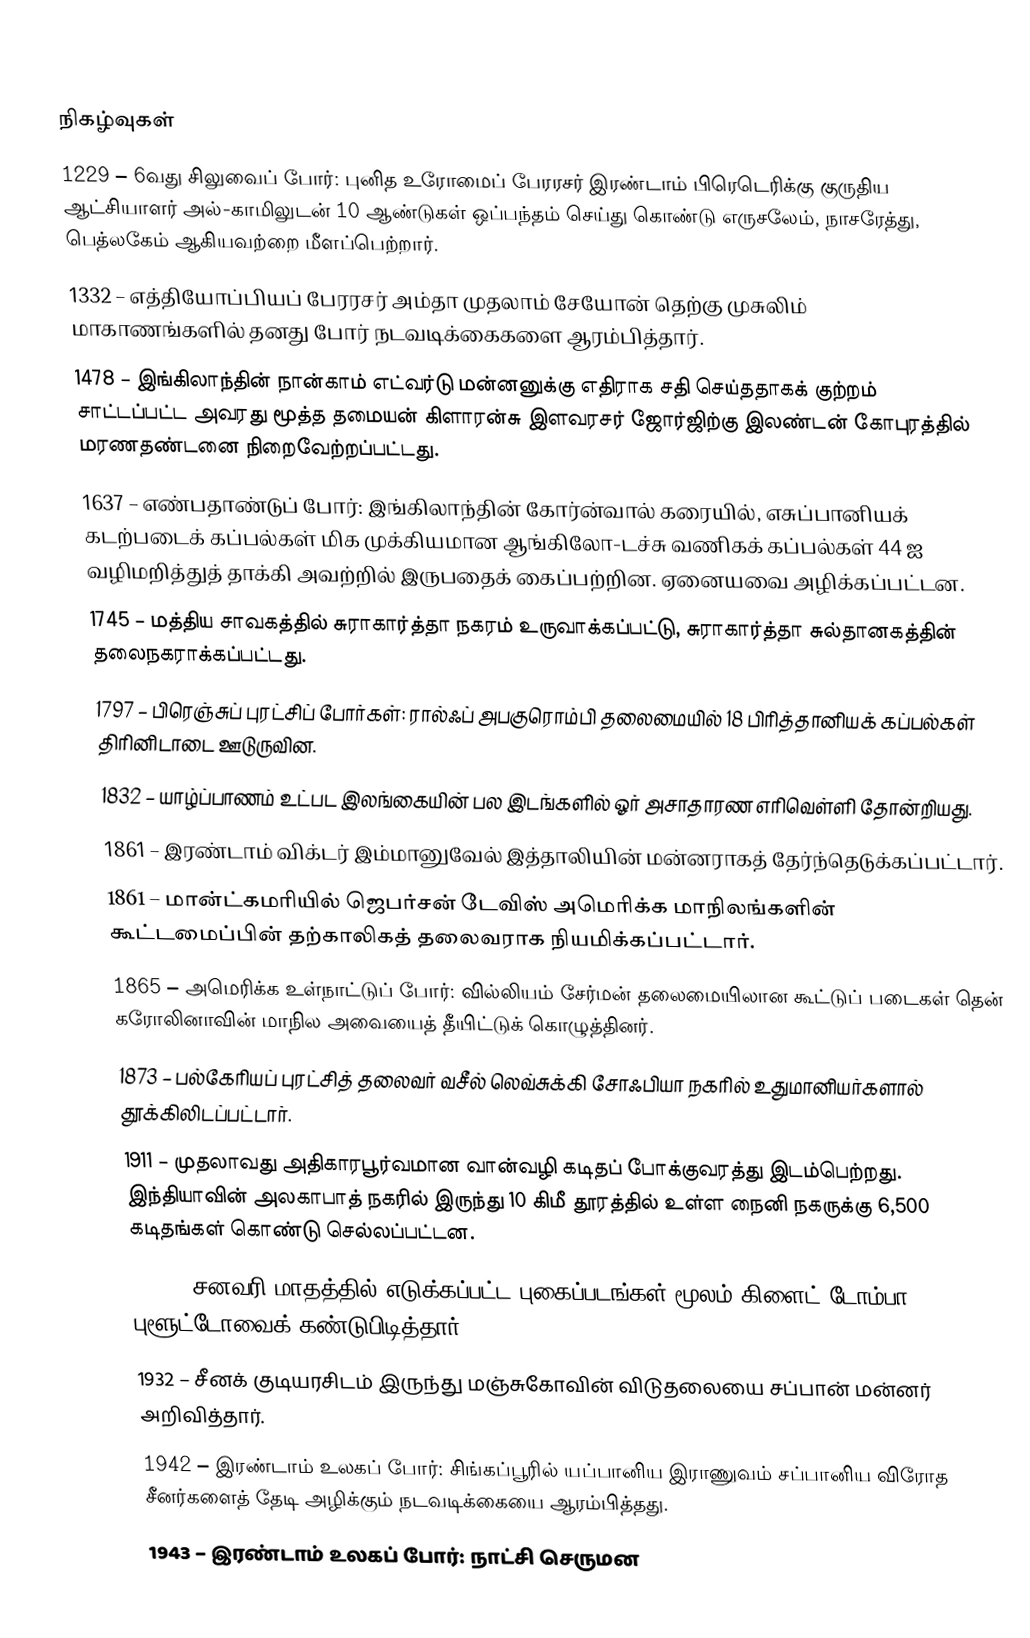

நிகழ்வுகள்
1229 – 6வது சிலுவைப் போர்: புனித உரோமைப் பேரரசர் இரண்டாம் பிரெடெரிக்கு குருதிய ஆட்சியாளர் அல்-காமிலுடன் 10 ஆண்டுகள் ஒப்பந்தம் செய்து கொண்டு எருசலேம், நாசரேத்து, பெத்லகேம் ஆகியவற்றை மீளப்பெற்றார்.
1332 – எத்தியோப்பியப் பேரரசர் அம்தா முதலாம் சேயோன் தெற்கு முசுலிம் மாகாணங்களில் தனது போர் நடவடிக்கைகளை ஆரம்பித்தார்.
1478 – இங்கிலாந்தின் நான்காம் எட்வர்டு மன்னனுக்கு எதிராக சதி செய்ததாகக் குற்றம் சாட்டப்பட்ட அவரது மூத்த தமையன் கிளாரன்சு இளவரசர் ஜோர்ஜிற்கு இலண்டன் கோபுரத்தில் மரணதண்டனை நிறைவேற்றப்பட்டது.
1637 – எண்பதாண்டுப் போர்: இங்கிலாந்தின் கோர்ன்வால் கரையில், எசுப்பானியக் கடற்படைக் கப்பல்கள் மிக முக்கியமான ஆங்கிலோ-டச்சு வணிகக் கப்பல்கள் 44 ஐ வழிமறித்துத் தாக்கி அவற்றில் இருபதைக் கைப்பற்றின. ஏனையவை அழிக்கப்பட்டன.
1745 – மத்திய சாவகத்தில் சுராகார்த்தா நகரம் உருவாக்கப்பட்டு, சுராகார்த்தா சுல்தானகத்தின் தலைநகராக்கப்பட்டது.
1797 – பிரெஞ்சுப் புரட்சிப் போர்கள்: ரால்ஃப் அபகுரொம்பி தலைமையில் 18 பிரித்தானியக் கப்பல்கள் திரினிடாடை ஊடுருவின.
1832 – யாழ்ப்பாணம் உட்பட இலங்கையின் பல இடங்களில் ஓர் அசாதாரண எரிவெள்ளி தோன்றியது.
1861 – இரண்டாம் விக்டர் இம்மானுவேல் இத்தாலியின் மன்னராகத் தேர்ந்தெடுக்கப்பட்டார்.
1861 – மான்ட்கமரியில் ஜெபர்சன் டேவிஸ் அமெரிக்க மாநிலங்களின் கூட்டமைப்பின் தற்காலிகத் தலைவராக நியமிக்கப்பட்டார்.
1865 – அமெரிக்க உள்நாட்டுப் போர்: வில்லியம் சேர்மன் தலைமையிலான கூட்டுப் படைகள் தென் கரோலினாவின் மாநில அவையைத் தீயிட்டுக் கொழுத்தினர்.
1873 – பல்கேரியப் புரட்சித் தலைவர் வசீல் லெவ்சுக்கி சோஃபியா நகரில் உதுமானியர்களால் தூக்கிலிடப்பட்டார்.
1911 – முதலாவது அதிகாரபூர்வமான வான்வழி கடிதப் போக்குவரத்து இடம்பெற்றது. இந்தியாவின் அலகாபாத் நகரில் இருந்து 10 கிமீ தூரத்தில் உள்ள நைனி நகருக்கு 6,500 கடிதங்கள் கொண்டு செல்லப்பட்டன.
1930 – சனவரி மாதத்தில் எடுக்கப்பட்ட புகைப்படங்கள் மூலம் கிளைட் டோம்பா புளூட்டோவைக் கண்டுபிடித்தார்.
1932 – சீனக் குடியரசிடம் இருந்து மஞ்சுகோவின் விடுதலையை சப்பான் மன்னர் அறிவித்தார்.
1942 – இரண்டாம் உலகப் போர்: சிங்கப்பூரில் யப்பானிய இராணுவம் சப்பானிய விரோத சீனர்களைத் தேடி அழிக்கும் நடவடிக்கையை ஆரம்பித்தது.
1943 – இரண்டாம் உலகப் போர்: நாட்சி செருமன